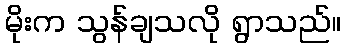
မိုးက သွန်ချသလို ရွာသည်။